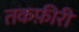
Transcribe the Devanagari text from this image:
तकफ़ीरी